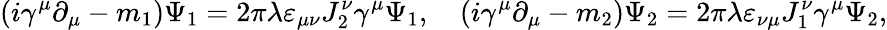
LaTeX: (i\gamma^{\mu}\partial_{\mu}-m_{1})\Psi_{1}=2\pi\lambda\varepsilon_{\mu\nu}J_{2}^{\nu}\gamma^{\mu}\Psi_{1},\quad(i\gamma^{\mu}\partial_{\mu}-m_{2})\Psi_{2}=2\pi\lambda\varepsilon_{\nu\mu}J_{1}^{\nu}\gamma^{\mu}\Psi_{2},